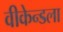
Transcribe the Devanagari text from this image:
वीकेन्डला